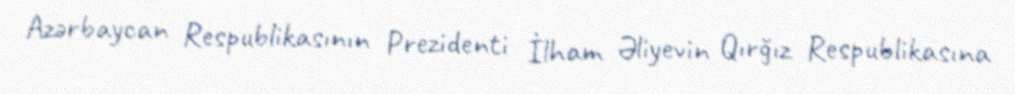
Azərbaycan Respublikasının Prezidenti İlham Əliyevin Qırğız Respublikasına